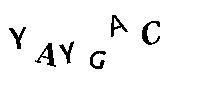
YAYGAC